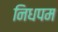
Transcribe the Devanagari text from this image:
निधपम